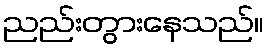
ညည်းတွားနေသည်။